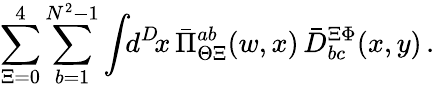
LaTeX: \sum_{\Xi=0}^{4}\sum_{b=1}^{N^{2}-1}\int\! \! d^{D}\! x\, \bar{\Pi}_{\Theta\Xi}^{ab}(w,x)\, \bar{D}_{bc}^{\Xi\Phi}(x,y)\, .